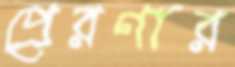
প্রেরণার